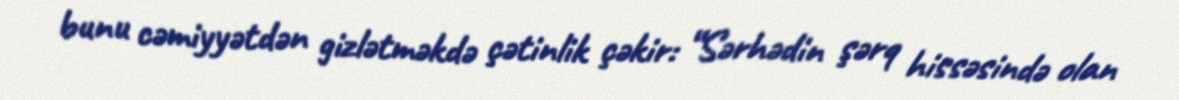
bunu cəmiyyətdən gizlətməkdə çətinlik çəkir: “Sərhədin şərq hissəsində olan